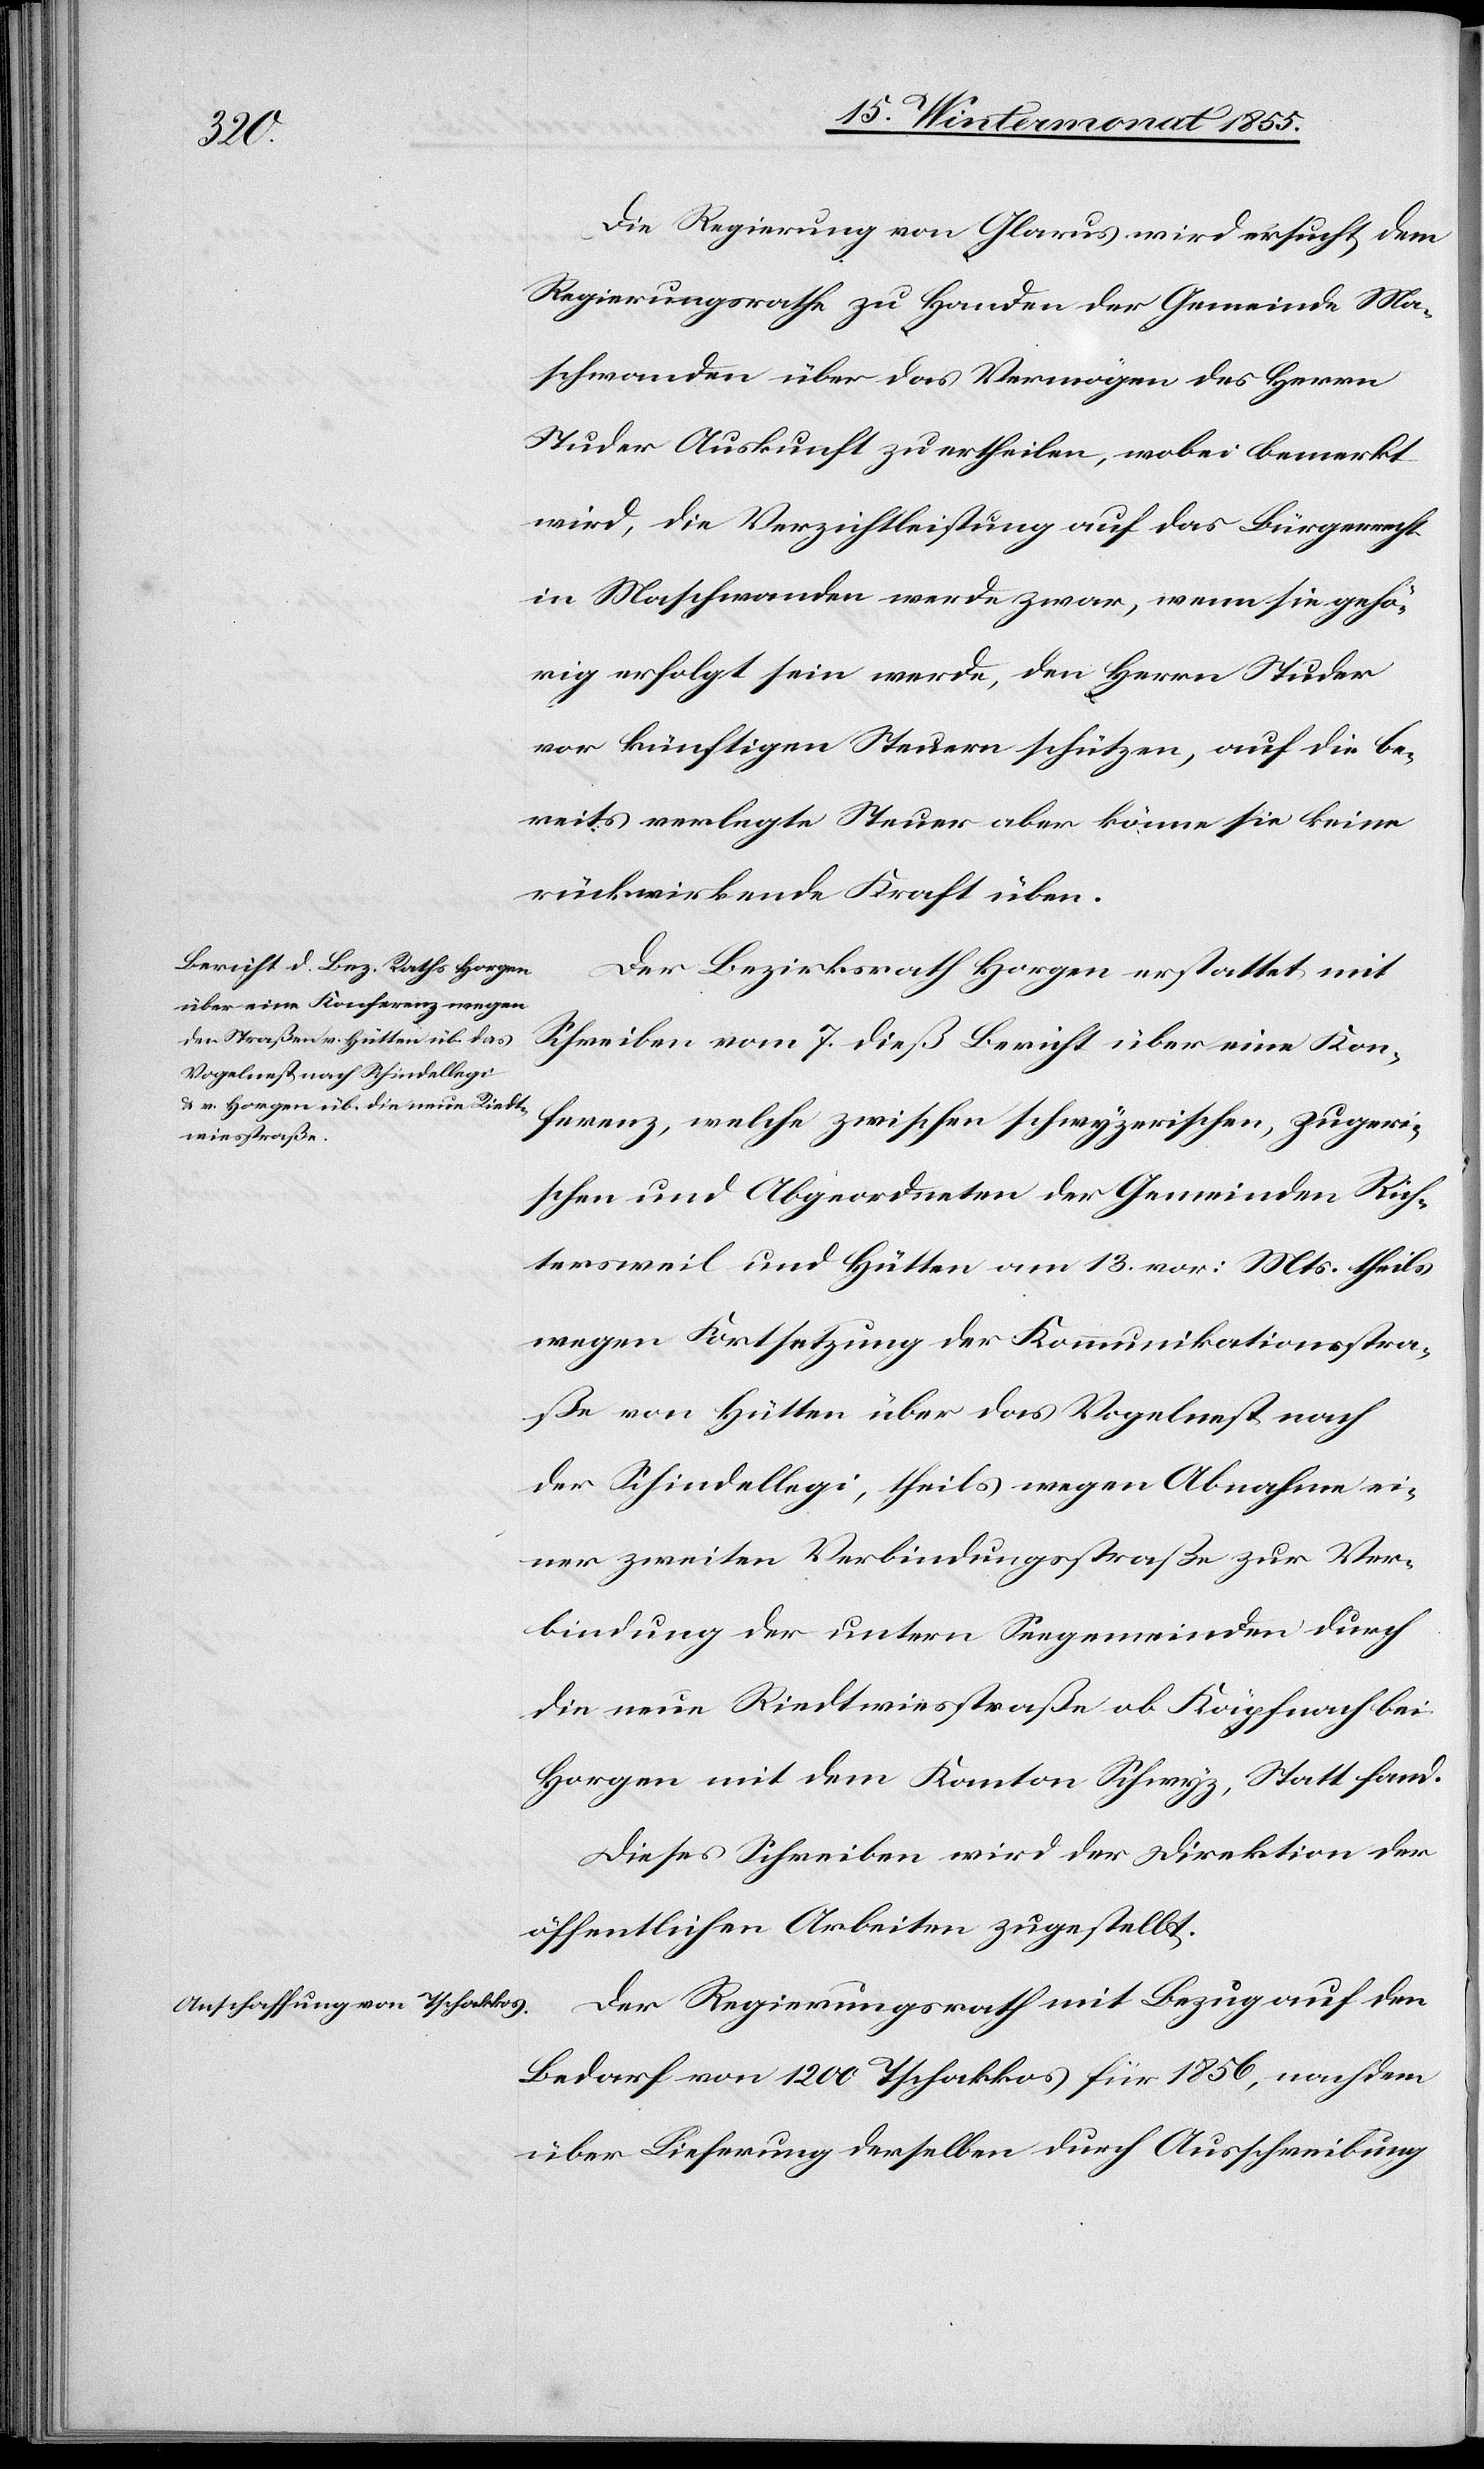
Die Regierung von Glarus wird ersucht, dem
Regierungsrathe zu Handen der Gemeinde Ma¬
schwanden über das Vermögen des Herrn
Studer Auskunft zu ertheilen, wobei bemerkt
wird, die Verzichtleistung auf das Bürgerrecht
in Maschwanden werde zwar, wenn sie gehö¬
rig erfolgt sein werde, den Herrn Studer
vor künftigen Steuern schützen, auf die be¬
reits verlegte Steuer aber könne sie keine
rückwirkende Kraft üben.
Der Bezirksrath Horgen erstattet mit
Schreiben vom 7. dieß Bericht über eine Kon¬
ferenz, welche zwischen schwyzerischen, zugeri¬
schen und Abgeordneten der Gemeinden Rich¬
tersweil und Hütten am 13. vor: Mts. theils
wegen Fortsetzung der Kommunikationsstra¬
ße von Hütten über das Vogelnest nach
der Schindellegi, theils wegen Abnahme ei¬
ner zweiten Verbindungsstraße zur Ver¬
bindung der untern Seegemeinden durch
die neue Riedtwiesstraße ob Käpfnach bei
Horgen mit dem Kanton Schwyz, Statt fand.
Dieses Schreiben wird der Direktion der
öffentlichen Arbeiten zugestellt.
Der Regierungsrath mit Bezug auf den
Bedarf von 1200 Tschakkos für 1856, nachdem
über Lieferung derselben durch Ausschreibung